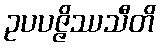
ဥပပဇ္ဇိဿသီတိ